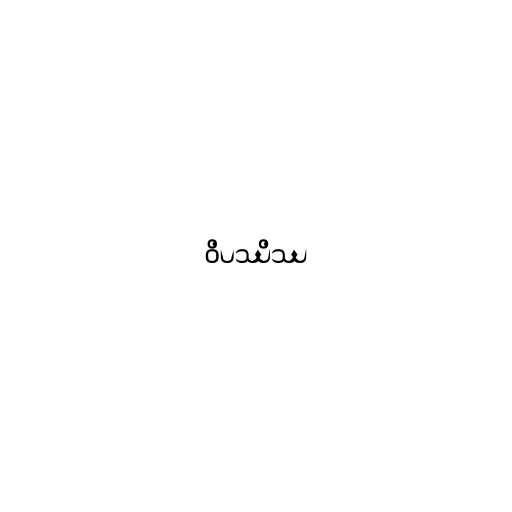
ဝိပဿိဿ